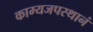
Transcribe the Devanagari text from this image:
काम्यजपस्थानं